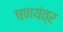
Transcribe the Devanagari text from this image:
षणयंत्र